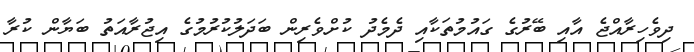
ދިވެހިރާއްޖެ އާއި ބޭރުގެ ގައުމުތަކާއި ދެމެދު ކުށްވެރިން ބަދަލުކުރުމުގެ އިޖުރާއަތު ބަޔާން ކުރާ